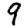
Digit: 9